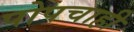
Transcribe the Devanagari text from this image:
पोपचाही